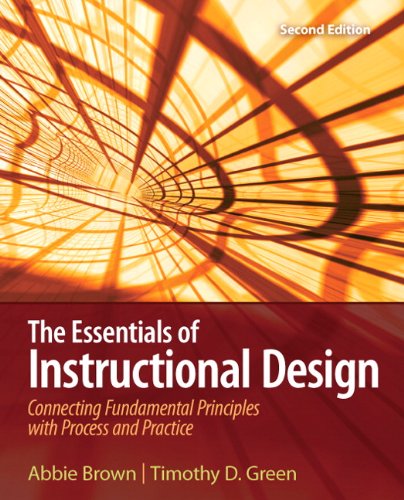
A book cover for The Essentials of Instructional Design: Connecting Fundamental Principles with Process and Practice (2nd Edition); Abbie Brown; Education & Teaching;